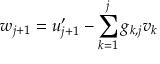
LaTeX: w _ { j + 1 } = u _ { j + 1 } ^ { \prime } - \sum _ { k = 1 } ^ { j } g _ { k , j } v _ { k }